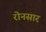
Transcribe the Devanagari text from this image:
रोनसार